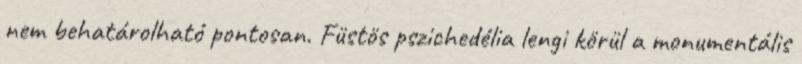
nem behatárolható pontosan. Füstös pszichedélia lengi körül a monumentális